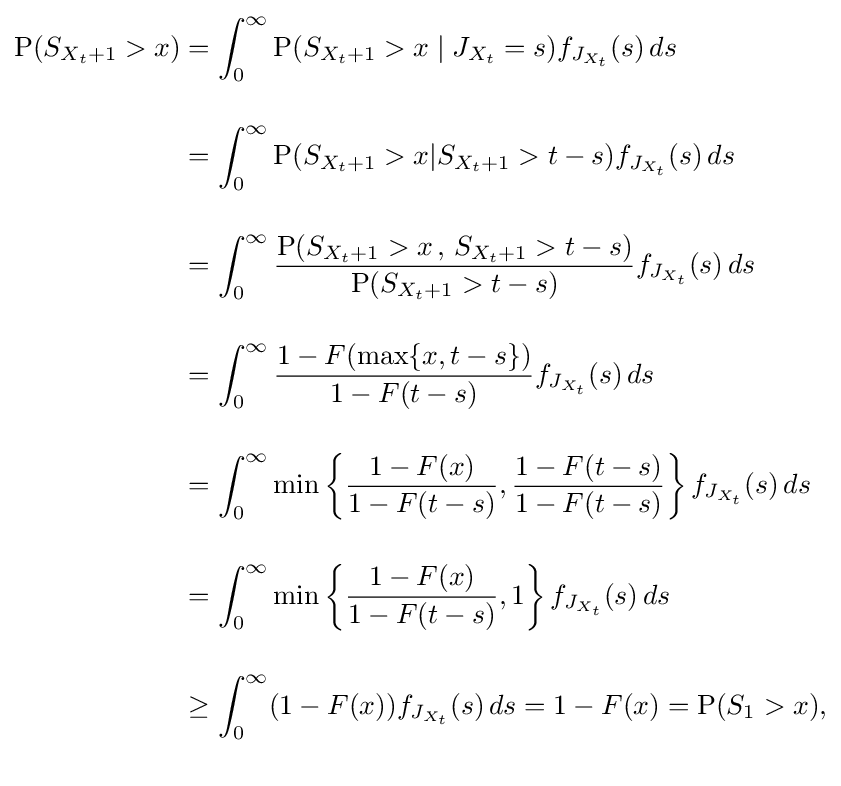
{\begin{aligned}\operatorname {P} (S_{X_{t}+1}>x)&{}=\int _{0}^{\infty }\operatorname {P} (S_{X_{t}+1}>x\mid J_{X_{t}}=s)f_{J_{X_{t}}}(s)\,ds\\[12pt]&{}=\int _{0}^{\infty }\operatorname {P} (S_{X_{t}+1}>x|S_{X_{t}+1}>t-s)f_{J_{X_{t}}}(s)\,ds\\[12pt]&{}=\int _{0}^{\infty }{\frac {\operatorname {P} (S_{X_{t}+1}>x\,,\,S_{X_{t}+1}>t-s)}{\operatorname {P} (S_{X_{t}+1}>t-s)}}f_{J_{X_{t}}}(s)\,ds\\[12pt]&{}=\int _{0}^{\infty }{\frac {1-F(\max\{x,t-s\})}{1-F(t-s)}}f_{J_{X_{t}}}(s)\,ds\\[12pt]&{}=\int _{0}^{\infty }\min \left\{{\frac {1-F(x)}{1-F(t-s)}},{\frac {1-F(t-s)}{1-F(t-s)}}\right\}f_{J_{X_{t}}}(s)\,ds\\[12pt]&{}=\int _{0}^{\infty }\min \left\{{\frac {1-F(x)}{1-F(t-s)}},1\right\}f_{J_{X_{t}}}(s)\,ds\\[12pt]&{}\geq \int _{0}^{\infty }(1-F(x))f_{J_{X_{t}}}(s)\,ds=1-F(x)=\operatorname {P} (S_{1}>x),\\[12pt]\end{aligned}}